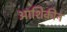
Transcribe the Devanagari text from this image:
आशिक़ीन